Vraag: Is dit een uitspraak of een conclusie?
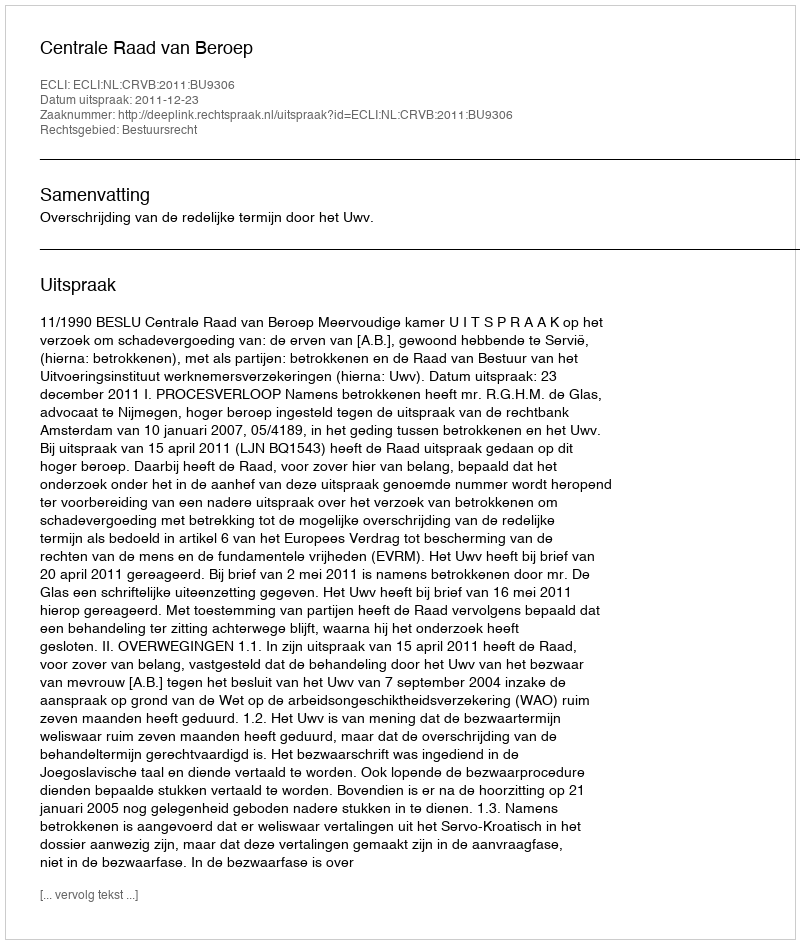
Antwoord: Uitspraak